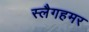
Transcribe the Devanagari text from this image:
स्लैगहमर